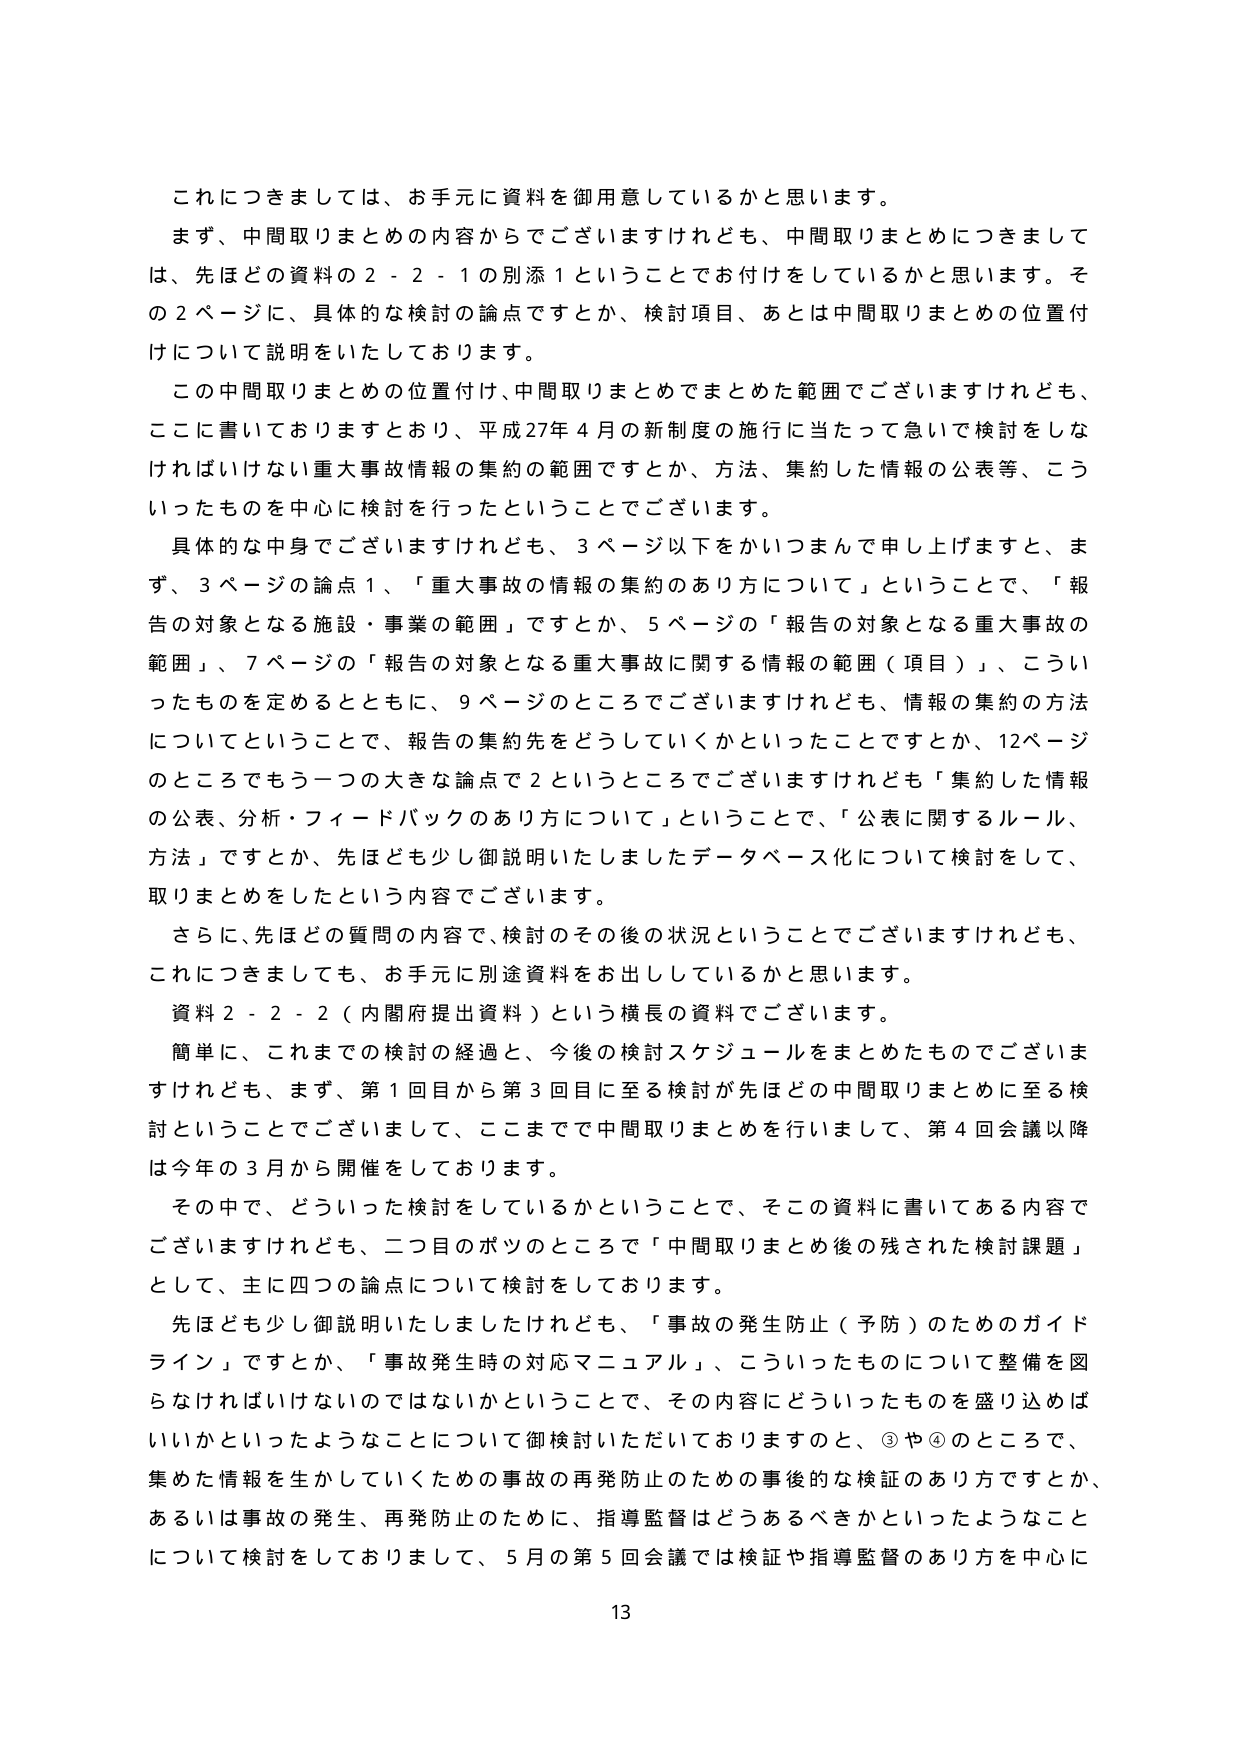
これにつきましては、お手元に資料を御用意しているかと思います。
まず、中間取りまとめの内容からでございますけれども、中間取りまとめにつきましては、先ほどの資料の２－２－１の別添１ということでお付けをしているかと思います。その２ページに、具体的な検討の論点ですとか、検討項目、あとは中間取りまとめの位置付けについて説明をいたしております。
この中間取りまとめの位置付け、中間取りまとめでまとめた範囲でございますけれども、ここに書いておりますとおり、平成27年４月の新制度の施行に当たって急いで検討をしなければいけない重大事故情報の集約の範囲ですとか、方法、集約した情報の公表等、こういったものを中心に検討を行ったということでございます。
具体的な中身でございますけれども、３ページ以下をかいつまんで申し上げますと、まず、３ページの論点１、「重大事故の情報の集約のあり方について」ということで、「報告の対象となる施設・事業の範囲」ですとか、５ページの「報告の対象となる重大事故の範囲」、７ページの「報告の対象となる重大事故に関する情報の範囲（項目）」、こういったものを定めるとともに、９ページのところでございますけれども、情報の集約の方法についてということで、報告の集約先をどうしていくかといったことですとか、12ページのところでもう一つの大きな論点で２というところでございますけれども「集約した情報の公表、分析・フィードバックのあり方について」ということで、「公表に関するルール、方法」ですとか、先ほども少し御説明いたしましたデータベース化について検討をして、取りまとめをしたという内容でございます。
さらに、先ほどの質問の内容で、検討のその後の状況ということでございますけれども、これにつきましても、お手元に別途資料をお出ししているかと思います。
資料２－２－２（内閣府提出資料）という横長の資料でございます。
簡単に、これまでの検討の経過と、今後の検討スケジュールをまとめたものでございますけれども、まず、第１回目から第３回目に至る検討が先ほどの中間取りまとめに至る検討ということでございまして、ここまでで中間取りまとめを行いまして、第４回会議以降は今年の３月から開催をしております。
その中で、どういった検討をしているかということで、その資料に書いてある内容でございますけれども、二つ目のボツのところで「中間取りまとめ後の残された検討課題」として、主に四つの論点について検討をしております。
先ほども少し御説明いたしましたけれども、「事故の発生防止（予防）のためのガイドライン」ですとか、「事故発生時の対応マニュアル」、こういったものについて整備を図らなければいけないのではないかということで、その内容にどういったものを盛り込めばいいかといったようなことについて御検討いただいておりますのと、③や④のところで、集めた情報を生かしていくための事故の再発防止のための事後的な検証のあり方ですとか、あるいは事故の発生、再発防止のために、指導監督はどうあるべきかといったようなことについて検討をしておりまして、５月の第５回会議では検証や指導監督のあり方を中心に
13